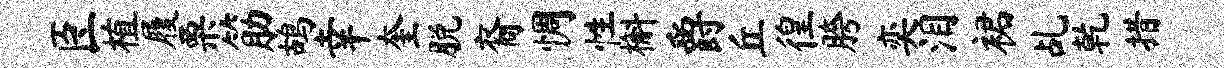
臣植履栗筋鸪幸奎脱裔惆性槲爵丘徨胯奕泪裙乩乾措